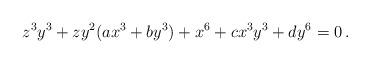
LaTeX: \begin{align*} z^3 y^3 + z y^2 (ax^3 + by^3) + x^6 + c x^3 y^3 + d y^6 = 0 \, . \end{align*}